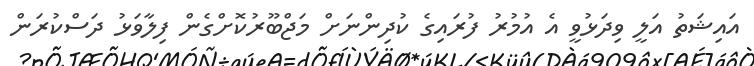
އައިޝަތު އަލީ ވިދަޅުވީ އެ އުމުރު ފުރައިގެ ކުދިންނަށް މަޖްބޫރުކޮށްގެން ފިލާވަޅު ދަސްކުރަން